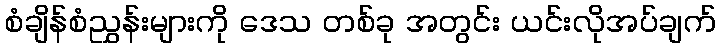
စံချိန်စံညွှန်းများကို ဒေသ တစ်ခု အတွင်း ယင်းလိုအပ်ချက်